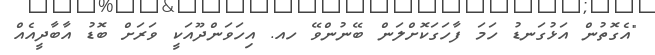
"އެގޮތުން އަޅުގަނޑު ހަމަ ފާހަގަކޮށްލަން ބޭނުންވޭ ހއ. އިހަވަންދޫއަކީ ވަރަށް ބޮޑު އާބާދީއެއް